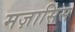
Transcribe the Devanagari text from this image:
मज़ासिस